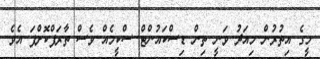
މީގެ އިތުރުން މިއަދު ވަނީ ތިން ޑިސްކައުންޓް ސްކީމެއް ވެސް ތާރަފްކޮށްފަ އެވެ.